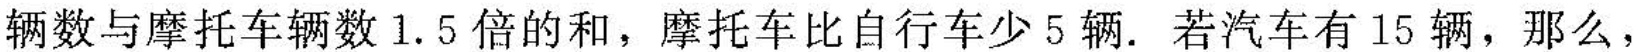
辆数等于自行车的辆数与摩托车辆数1.5倍的和，摩托车比自行车少5辆。若汽车有15辆，那么，